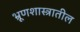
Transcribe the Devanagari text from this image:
भ्रूणशास्त्रातील